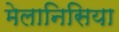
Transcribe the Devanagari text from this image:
मेलानिसिया